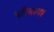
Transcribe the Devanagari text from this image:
परिभाषा